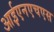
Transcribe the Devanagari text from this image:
आईएनएचएस